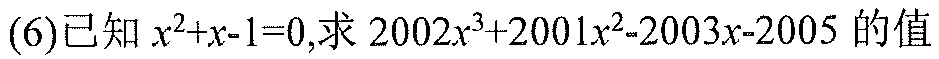
(6)已知 \(x^{2}+x - 1 = 0\),求 \(2002x^{3}+2001x^{2}-2003x - 2005\) 的值